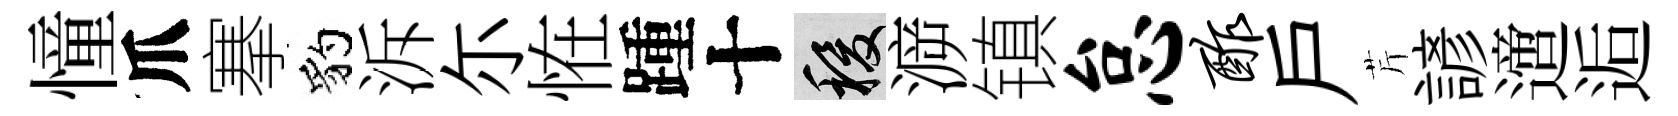
憧爪搴豹泝尓恠踵十稷㴑镇怠酢戸芹諺𨗁逅